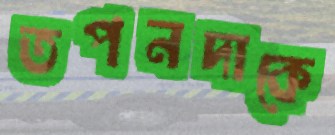
তপনদাকে